Medical and sanitary report of the native army of Bengal for the year
Year: 1875
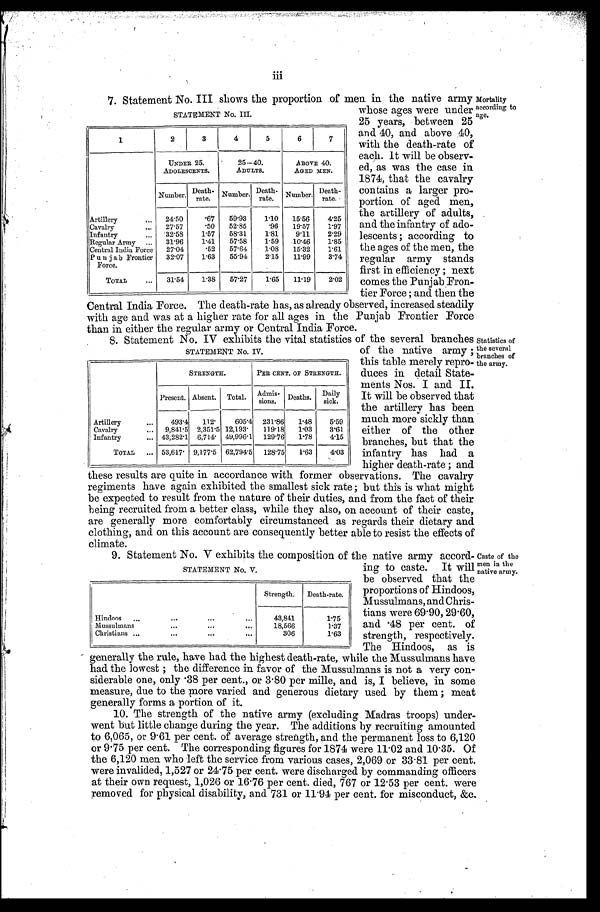
1
2
3
4
5
6
7
UNDER 25.
ADOLESCENTS.
25—40.
ADULTS.
ABOVE 40.
AGED MEN.
Number. Death-
rate. Number. Death-
rate. Number. Death-
rate.
Artillery . . . 24-50
.67
59.93
1.10 15.56
4.25
Cavalry . . . 27.57
.50
52.85
.96
19.57
1.97
Infantry . . . 32.58
1.57
58.31
1.81
9.11
2.29
Regular Army . . . 31.96
1.41
57.58
1.59
10.46
1.85
Central India Force 27.04
.52
57.64
1.08
15.32
1.61
P u n j a b Frontier
Force.
32.07
1.63
55.94
2.15
11.99
3.74
TOTAL . . . 31.54
1.38
57.27
1.65
11.19
2.02
Mortality
according to
age.
7. Statement No. III shows the proportion of men in the native army
STATEMENT No. III.
whose ages were under
25 years, between 25
and 40, and above 40,
with the death-rate of
each. It will be obser-v-
ed, as was the case in
1874, that the cavalry
contains a larger pro--
portion of aged men,
the artillery of adults,
and the infantry of ado--
lescents; according to
the ages of the men, the
regular army stands
first in efficiency; next
comes the Punjab Fron-
tier Force; and then the
Central India Force. The death-rate has, as already observed, increased steadily
with age and was at a higher rate for all ages in the Punjab Frontier Force
than in either the regular army or Central India Force.
8. Statement No. IV exhibits the vital statistics of the several branches
STATEMENT No. IV.
of the native army ;
this table merely repro-
-uces in detail State
-ments Nos. I and II.
It will be observed that
the artillery has been
much more sickly than
either of the other
branches, but that the
infantry has had a
higher death-rate; and
these results are quite in accordance with former observations. The cavalry
regiments have again exhibited the smallest sick rate; but this is what might
be expected to result from the nature of their duties, and from the fact of their
being recruited from a better class, while they also, on account of their caste,
are generally more comfortably circumstanced as regards their dietary and
clothing, and on this account are consequently better able to resist the effects of
climate.
9. Statement No. V exhibits the composition of the native army accord
-
STATEMENT No. V.
ing to caste. It will
be observed that the
proportions of Hindoos,
Mussulmans, and Chris--
tians were 69.90, 29.60,
and .48 per cent. of
strength, respectively.
The Hindoos, as is
generally the rule, have had the highest death-rate, while the Mussulmans have
had the lowest; the difference in favor of the Mussulmans is not a very con--
siderable one, only .38 per cent., or 3.80 per mille, and is, I believe, in some
measure, due to the more varied and generous dietary used by them meat
generally forms a portion of it.
10. The strength of the native army (excluding Madras troops) under
- w e n t b u t l i t t l e c h a n g e d u r i n g t h e y e a r . T h e a d d i t i o n s b y r e c r u i t i n g a m o u n t e d
to 6,065, or 9.61 per cent. of average strength, and the permanent loss to 6,120
or 9.75 per cent. The corresponding figures for 1874 were 11.02 and 10.35. Of
the 6,120 men who left the service from various cases, 2,069 or 33.81 per cent
were invalided, 1,527 or 24.75 per cent. were discharged by commanding officers
at their own request, 1,026 or 16.76 per cent. died, 767 or 12.53 per cent. were
removed for physical disability, and 731 or 11.94 per cent. for misconduct, &c
STRENGTH.
PER CENT. OF STRENGTH.
Present. Absent. Total. Admis-
sions. Deaths. Daily
sick.
Artillery . . .
493.4
112.
605.4 231.86
1.48
5.59
Cavalry . . . 9,841.5 2,351.5 12,193.
119.18 1.03
3.61
Infantry . . . 43,282.1 6,714. 49,996.1 129.76
1.78
4.15
TOTAL . . . 53,617. 9,177.5 62,794.5 128.75
1.63
4.03
Strength. Death-rate.
Hindoos
. . .
43,841
1.75
Mussulmans . . .
18,566
1.37
Christians
. . .
306
1.63
Statistics of
the several
branches of
the army.
Caste of the
men in the
native army.